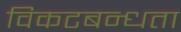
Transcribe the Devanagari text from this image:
विकटबन्धता